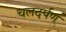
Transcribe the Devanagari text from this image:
चलदर्पण